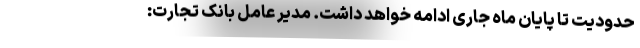
حدودیت تا پایان ماه جاری ادامه خواهد داشت. مدیر عامل بانک تجارت: